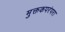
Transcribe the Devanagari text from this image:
मुक्तकपरंपरा